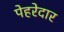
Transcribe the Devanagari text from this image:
पेहरेदार